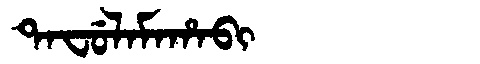
Manchu: ᡨᠠᠸᡠᠯᠠᠮᠠᡥᠠᠪᡳ
Romanization: TAFULAMAHABI